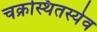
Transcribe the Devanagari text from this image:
चक्रस्थितस्येव